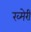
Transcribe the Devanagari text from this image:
ख्मेरी